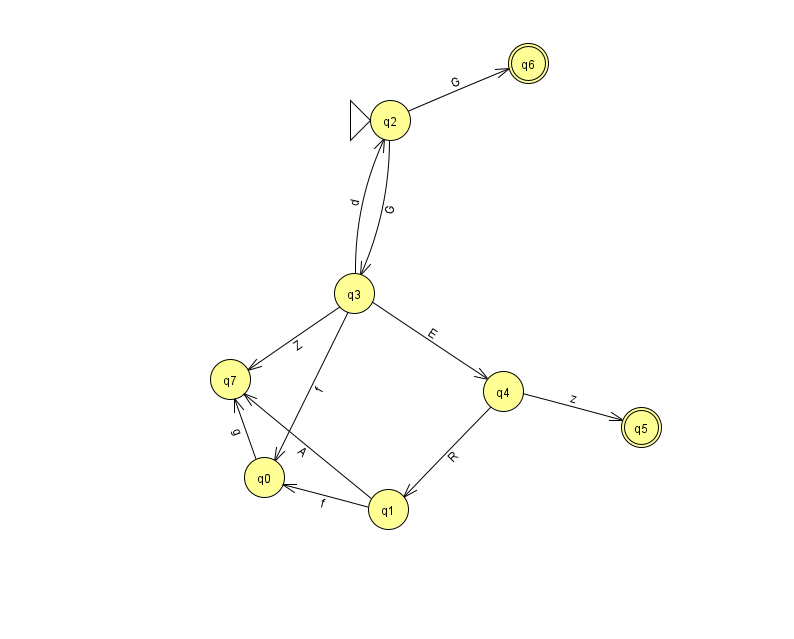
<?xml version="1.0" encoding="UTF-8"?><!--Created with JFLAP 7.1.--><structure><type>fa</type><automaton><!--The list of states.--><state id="0" name="q0"><x>264.0</x><y>464.0</y></state><state id="1" name="q1"><x>388.0</x><y>496.0</y></state><state id="2" name="q2"><x>390.0</x><y>107.0</y><initial/></state><state id="3" name="q3"><x>354.0</x><y>280.0</y></state><state id="4" name="q4"><x>503.0</x><y>378.0</y></state><state id="5" name="q5"><x>641.0</x><y>414.0</y><final/></state><state id="6" name="q6"><x>528.0</x><y>50.0</y><final/></state><state id="7" name="q7"><x>230.0</x><y>366.0</y></state><!--The list of transitions.--><transition><from>0</from><to>7</to><read>g</read></transition><transition><from>3</from><to>7</to><read>Z</read></transition><transition><from>3</from><to>2</to><read>d</read></transition><transition><from>4</from><to>1</to><read>R</read></transition><transition><from>2</from><to>3</to><read>G</read></transition><transition><from>2</from><to>6</to><read>G</read></transition><transition><from>3</from><to>4</to><read>E</read></transition><transition><from>3</from><to>0</to><read>f</read></transition><transition><from>4</from><to>5</to><read>z</read></transition><transition><from>1</from><to>0</to><read>f</read></transition><transition><from>1</from><to>7</to><read>A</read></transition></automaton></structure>